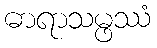
ဓာရာသမ္ဖဿံ